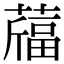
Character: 𦽪